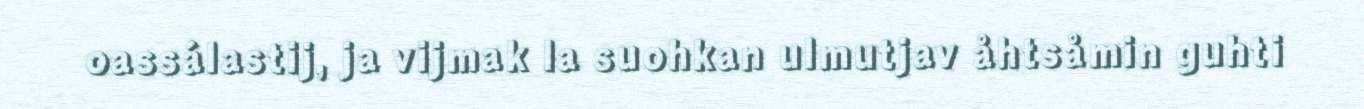
oassálastij, ja vijmak la suohkan ulmutjav åhtsåmin guhti